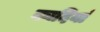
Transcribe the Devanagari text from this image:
कादियां